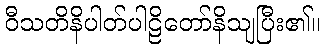
ဝီသတိနိပါတ်ပါဠိတော်နိသျပြီး၏။